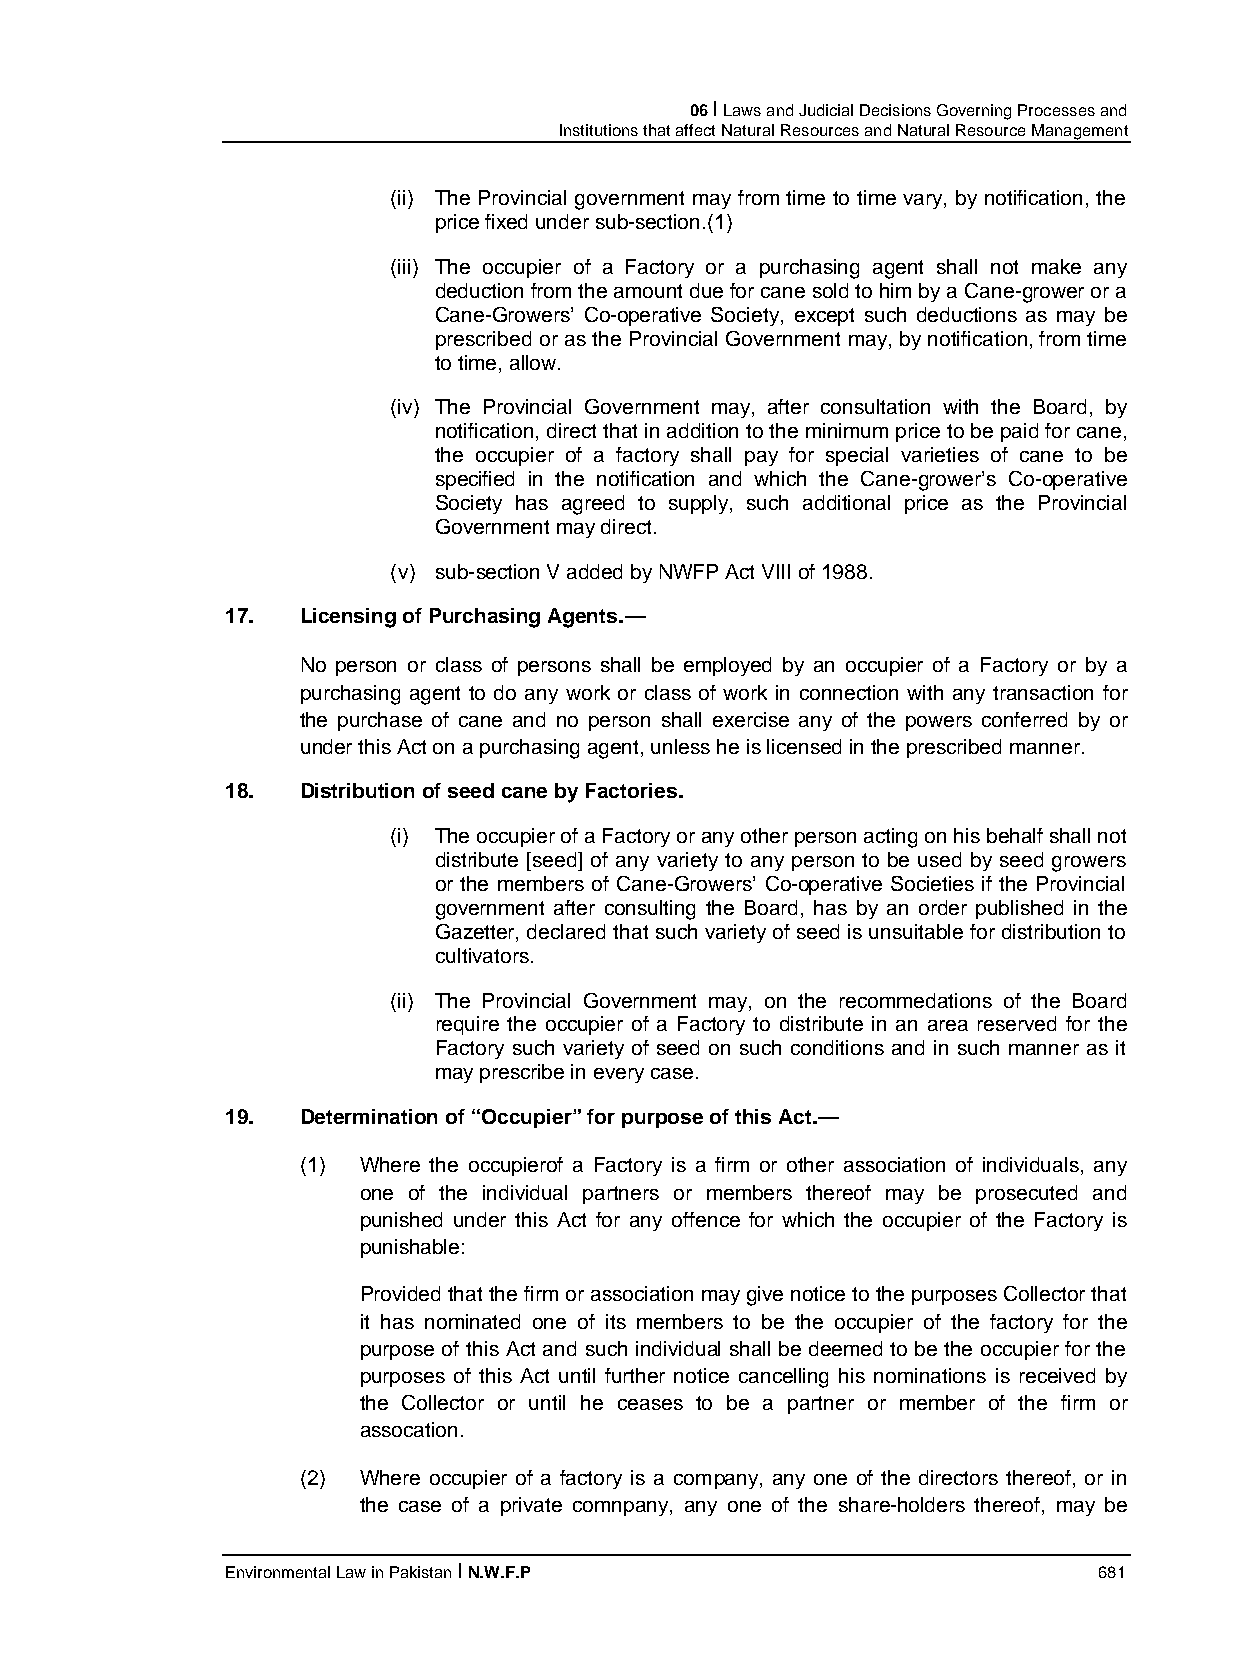
06 I Laws and Judicial Decisions Governing Processes and
 Institutions that affect Natural Resources and Natural Resource Management
 (ii) The Provincial government may from time to time vary, by notification, the
 price fixed under sub-section.(1)
 (iii) The occupier of a Factory or a purchasing agent shall not make any
 deduction from the amount due for cane sold to him by a Cane-grower or a
 Cane-Growers’ Co-operative Society, except such deductions as may be
 prescribed or as the Provincial Government may, by notification, from time
 to time, allow.
 (iv) The Provincial Government may, after consultation with the Board, by
 notification, direct that in addition to the minimum price to be paid for cane,
 the occupier of a factory shall pay for special varieties of cane to be
 specified in the notification and which the Cane-grower’s Co-operative
 Society has agreed to supply, such additional price as the Provincial
 Government may direct.
 (v) sub-section V added by NWFP Act VIII of 1988.
 17.  Licensing of Purchasing Agents.—
 No person or class of persons shall be employed by an occupier of a Factory or by a
 purchasing agent to do any work or class of work in connection with any transaction for
 the purchase of cane and no person shall exercise any of the powers conferred by or
 under this Act on a purchasing agent, unless he is licensed in the prescribed manner.
 18.  Distribution of seed cane by Factories.
 (i) The occupier of a Factory or any other person acting on his behalf shall not
 distribute [seed] of any variety to any person to be used by seed growers
 or the members of Cane-Growers’ Co-operative Societies if the Provincial
 government after consulting the Board, has by an order published in the
 Gazetter, declared that such variety of seed is unsuitable for distribution to
 cultivators.
 (ii) The Provincial Government may, on the recommedations of the Board
 require the occupier of a Factory to distribute in an area reserved for the
 Factory such variety of seed on such conditions and in such manner as it
 may prescribe in every case.
 19.  Determination of “Occupier” for purpose of this Act.—
 (1) Where the occupierof a Factory is a firm or other association of individuals, any
 one of the individual partners or members thereof may be prosecuted and
 punished under this Act for any offence for which the occupier of the Factory is
 punishable:
 Provided that the firm or association may give notice to the purposes Collector that
 it has nominated one of its members to be the occupier of the factory for the
 purpose of this Act and such individual shall be deemed to be the occupier for the
 purposes of this Act until further notice cancelling his nominations is received by
 the Collector or until he ceases to be a partner or member of the firm or
 assocation.
 (2) Where occupier of a factory is a company, any one of the directors thereof, or in
 the case of a private comnpany, any one of the share-holders thereof, may be
 Environmental Law in Pakistan I N.W.F.P                   681